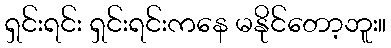
ရှင်းရင်း ရှင်းရင်းကနေ မနိုင်တော့ဘူး။